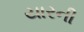
યારની